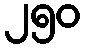
၂၅၀